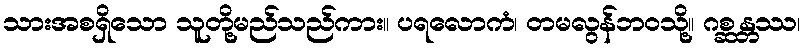
သားအစရှိသော သူတို့မည်သည်ကား။ ပရလောကံ၊ တမလွန်ဘဝသို့။ ဂစ္ဆန္တဿ၊